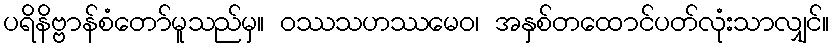
ပရိနိဗ္ဗာန်စံတော်မူသည်မှ။ ဝဿသဟဿမေဝ၊ အနှစ်တထောင်ပတ်လုံးသာလျှင်။